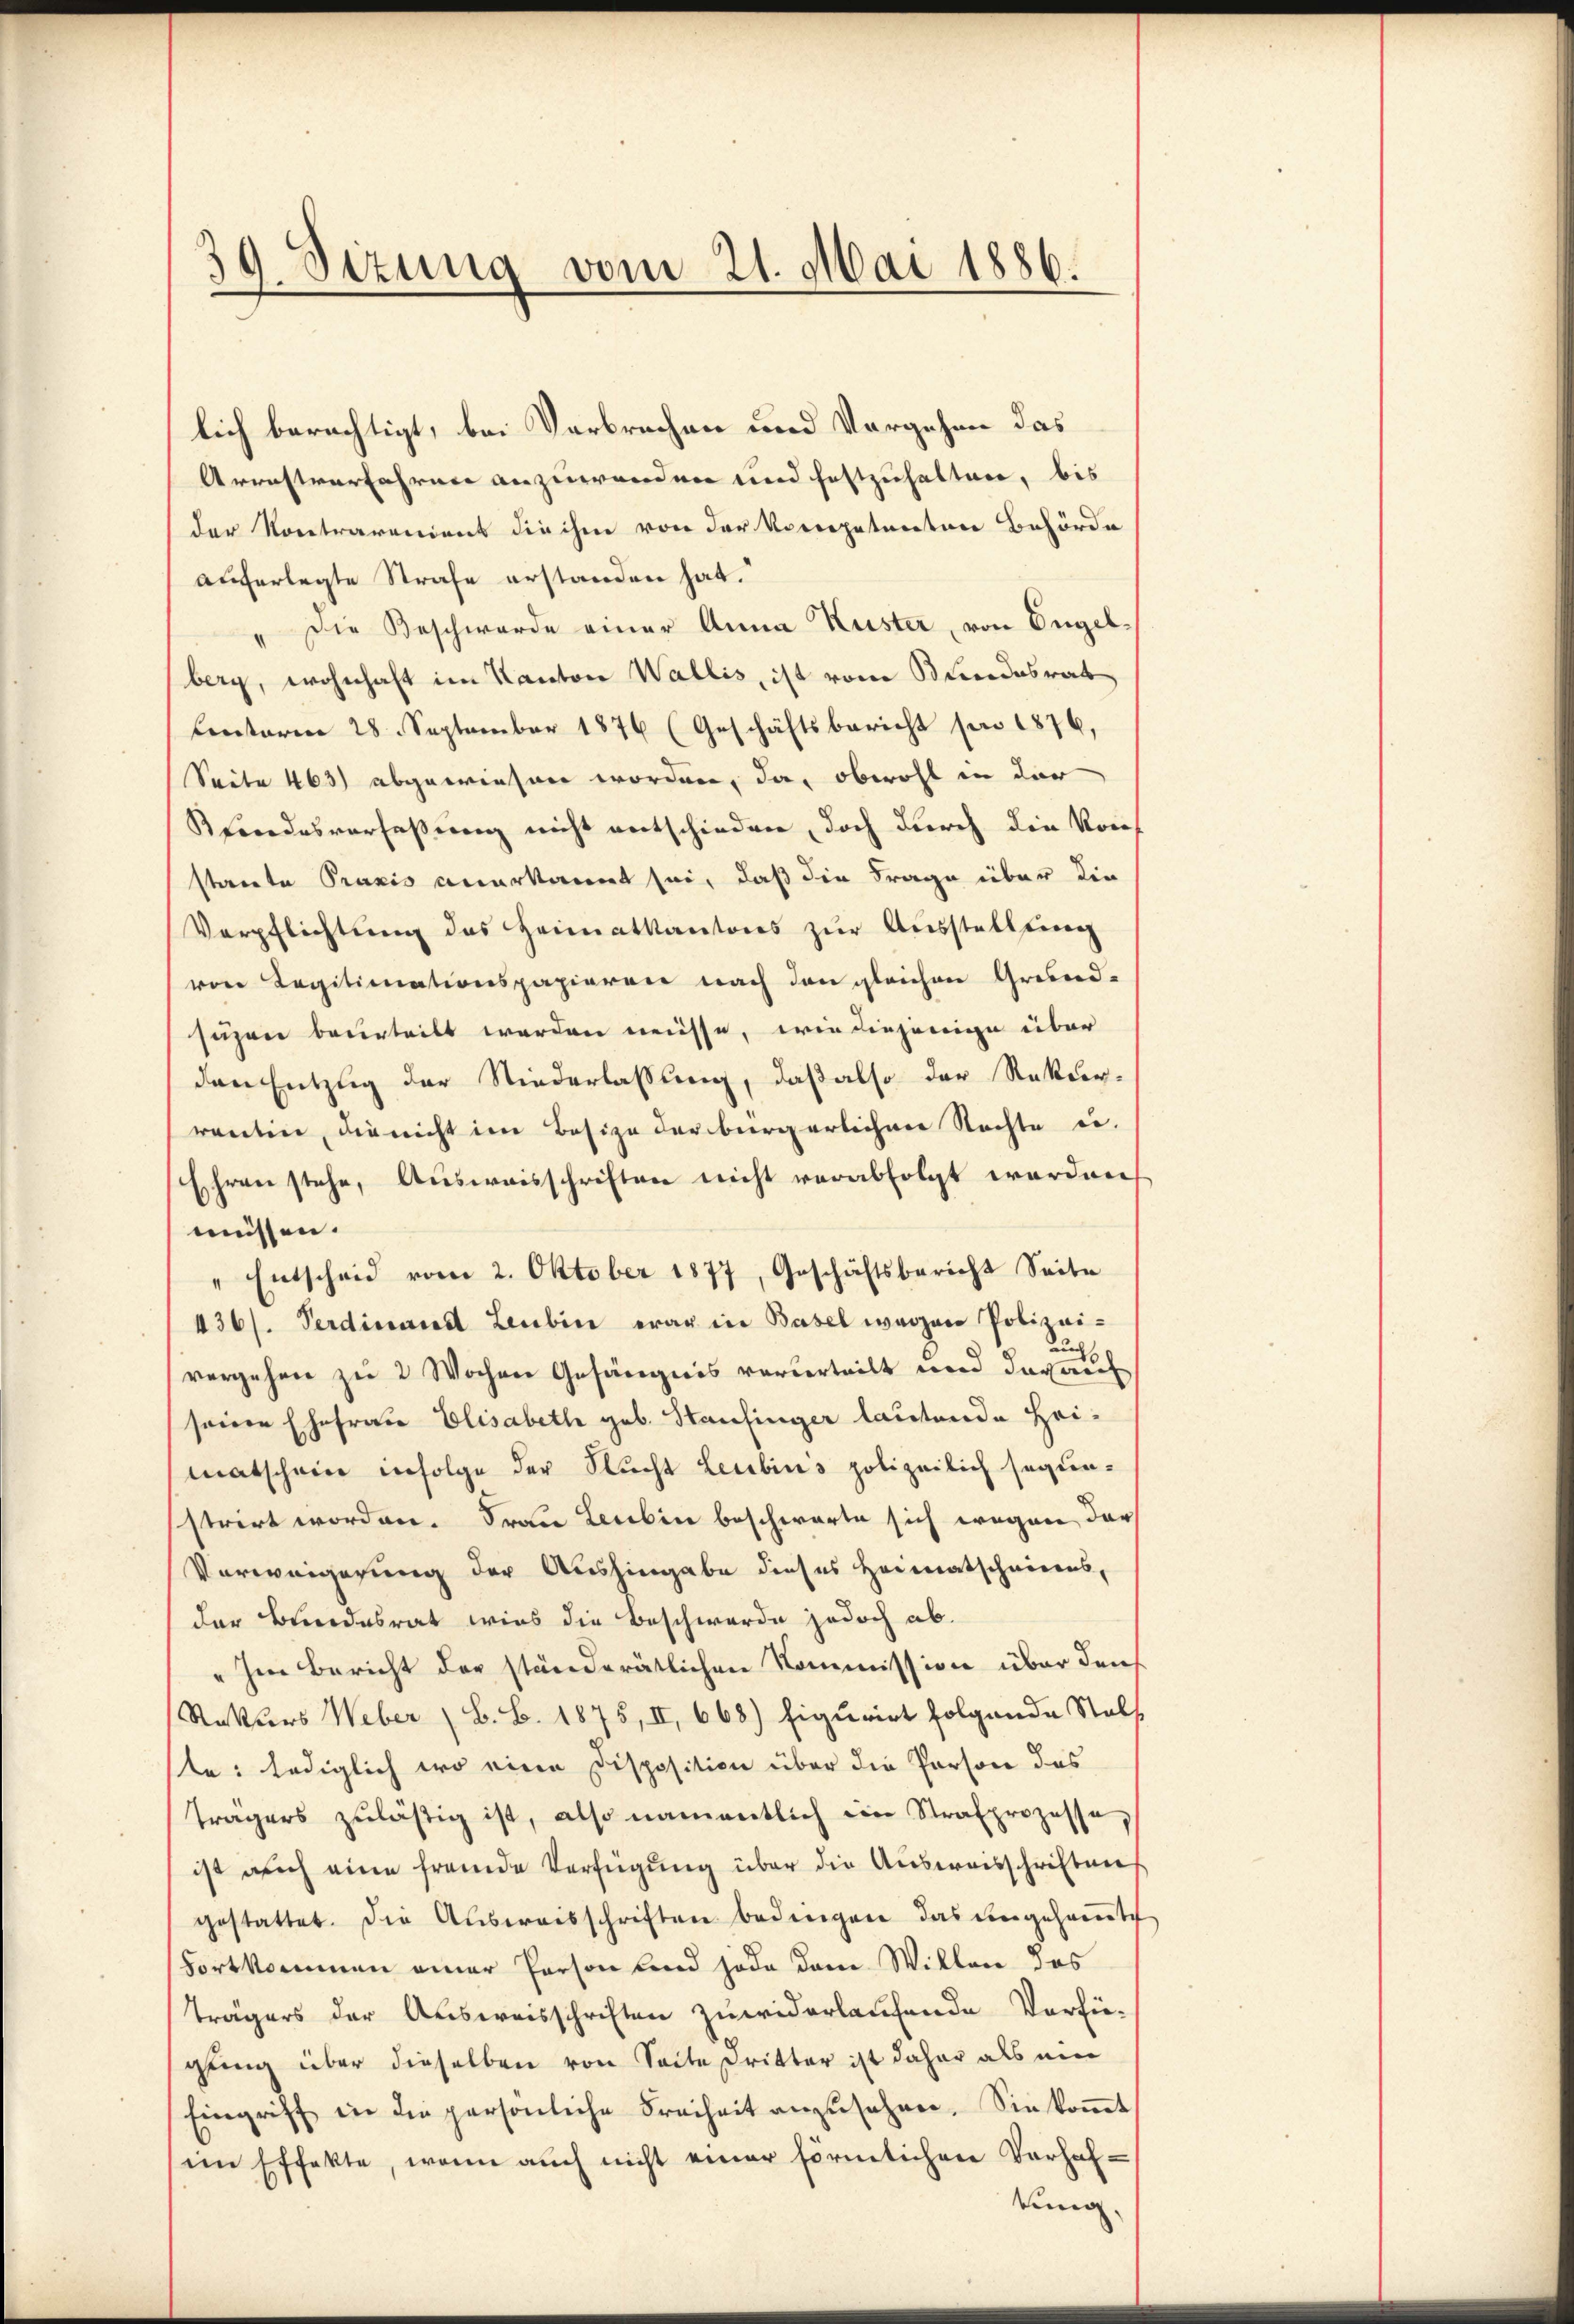
39. Sizung vom 21. Mai 1886.

lich berechtigt, bei Verbrechen und Vorgehen das
Arrestverfahren anzuwenden und festzuhalten, bis
der Kontrarendent die ihm von der Vorrepetenten Behörde
auferlegte Strafe erstanden hat.
Die Beschwerde einer Anna Kuster, von Engel¬
I
berg, wohnhaft im Kanton Wallis, ist vom Bundesrat
Centarie 28 September 1876 (Geschäftsbericht per 1876,
Seite 463) abgewiesen worden, da, obwohl in der
Pfandesverfaßung nicht entschieden, doch durch die Vorstrete Praxis anerkannt sei, daß die Frage über die
Verpflichtŭng des Heimatkantons zŭr Aŭsstellung
von Legitimationspapieren nach den gleichen Grund-
suzen beurteilt werden müsse, wie diejenige über
den Entzug der Niederlassung, daß also der Rekurrentin, die nicht im Besize der bürgerlichener Nachte es.
Ehren stehe, Ausweisschriften nicht verabfolgt werden,
müssen.
" Entscheid vom 2. Oktober 1877, Geschäftsbericht Seite
436/. Verdinand Leubin war in Basel waren Polizei-
auch
vergehen zu 2 Wochen Gefängnis vorderteilt und darauf
seinen Ehefrau Elisabeth geb. Staufinger lautende Heimatschein infolge der Flucht Leubin's polizeilich segunstrirt worden. Frau Leubin beschwarte sich wegen dar
Vorweigerung der Aushingabe dieses Heimatschnieens,
der Bundesrat wies die Beschwerde jedoch ab.
„Im Bericht der ständerätlichen Kommission über den
Rekurs Weber (S. B. 1875, II 668) Figurirt folgende Stolf
te: lediglich wo eine Disposition über die Person das
trägers zuläßig ist, also namentlich ein Strafprozessa,
ist auch eine fremde Verfügung über die Ausweisschriften
gestattet. Die Aŭsweisschriften bedingen das engesaṁte
Fortkommen einer Person und jede dem Willen das
Trägers der Ausweisschriften zuwiderlaufende Verfü-
gung über dieselben von Seite Dritter ist daher als mir
Eingriff in die persönliche Freiheit anzusehen. Sie koṁt
im Effekte, wenn auch nicht einer förmlichen Verhafkung,